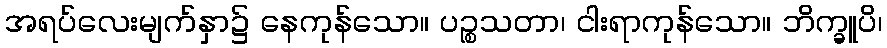
အရပ်လေးမျက်နှာ၌ နေကုန်သော။ ပဉ္စသတာ၊ ငါးရာကုန်သော။ ဘိက္ခူပိ၊